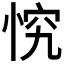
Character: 𭝄